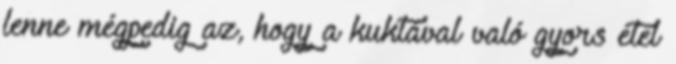
lenne mégpedig az, hogy a kuktával való gyors étel